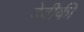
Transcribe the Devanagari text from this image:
देवीकी